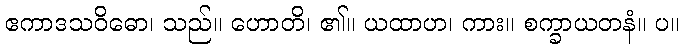
ဧကာဒသဝိဓော၊ သည်။ ဟောတိ၊ ၏။ ယထာဟ၊ ကား။ စက္ခာယတနံ။ ပ။